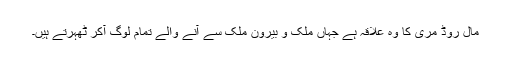
مال روڈ مری کا وہ علاقہ ہے جہاں ملک و بیرون ملک سے آنے والے تمام لوگ آکر ٹھہرتے ہیں۔